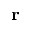
\mathbf { r }